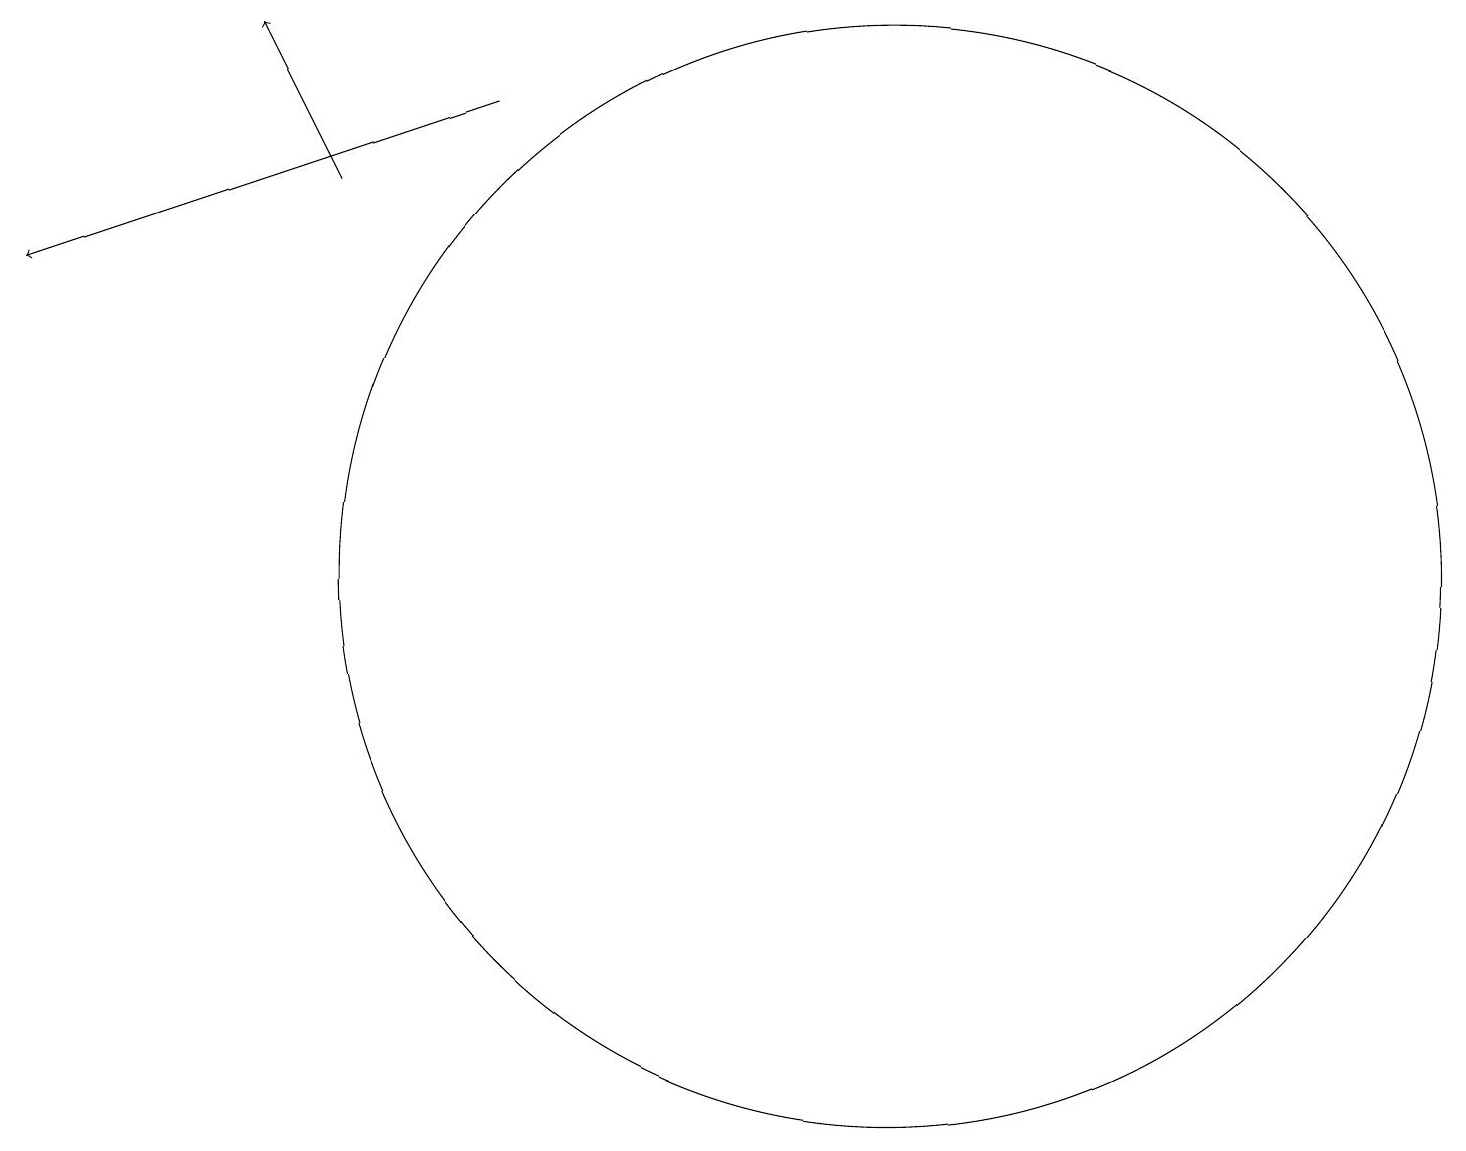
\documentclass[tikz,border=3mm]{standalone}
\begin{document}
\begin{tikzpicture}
\draw[->] (5,16) -- (4,18);
\draw (12,11) circle (7);
\draw[->] (7,17) -- (1,15);
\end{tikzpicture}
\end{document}